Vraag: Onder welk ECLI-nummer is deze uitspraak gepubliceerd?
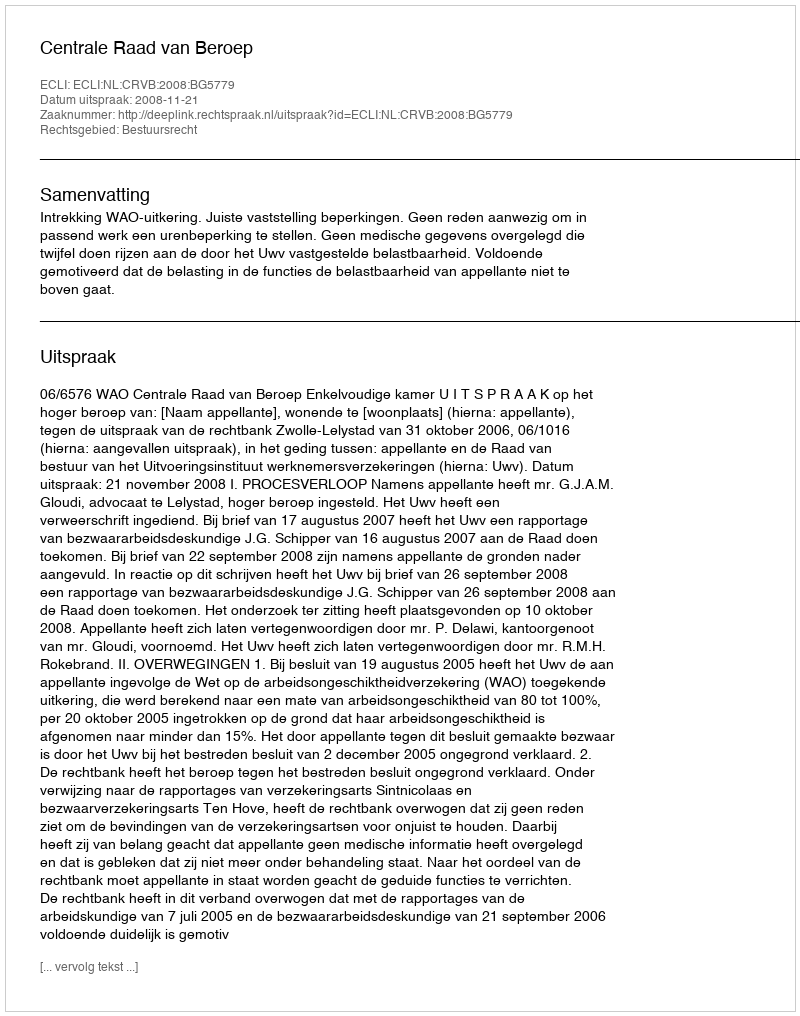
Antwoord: ECLI:NL:CRVB:2008:BG5779